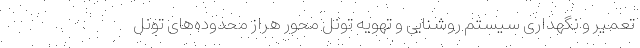
تعمیر و نگهداری سیستم روشنایی و تهویه تونل محور هراز محدوده‌های تونل